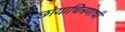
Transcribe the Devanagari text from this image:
छायाचित्रणाची